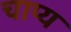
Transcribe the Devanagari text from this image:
चाप्य